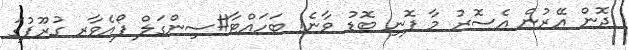
ދޮން އޭރުން އެސޮރު މާ ފޮނި ބޮޑު ވާނެ! ބަހައްޓާ#ސިންގަލް ފޯއެވާރ ގުރޫޕުގަ